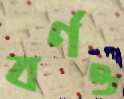
বর্ণও